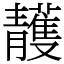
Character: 䨼